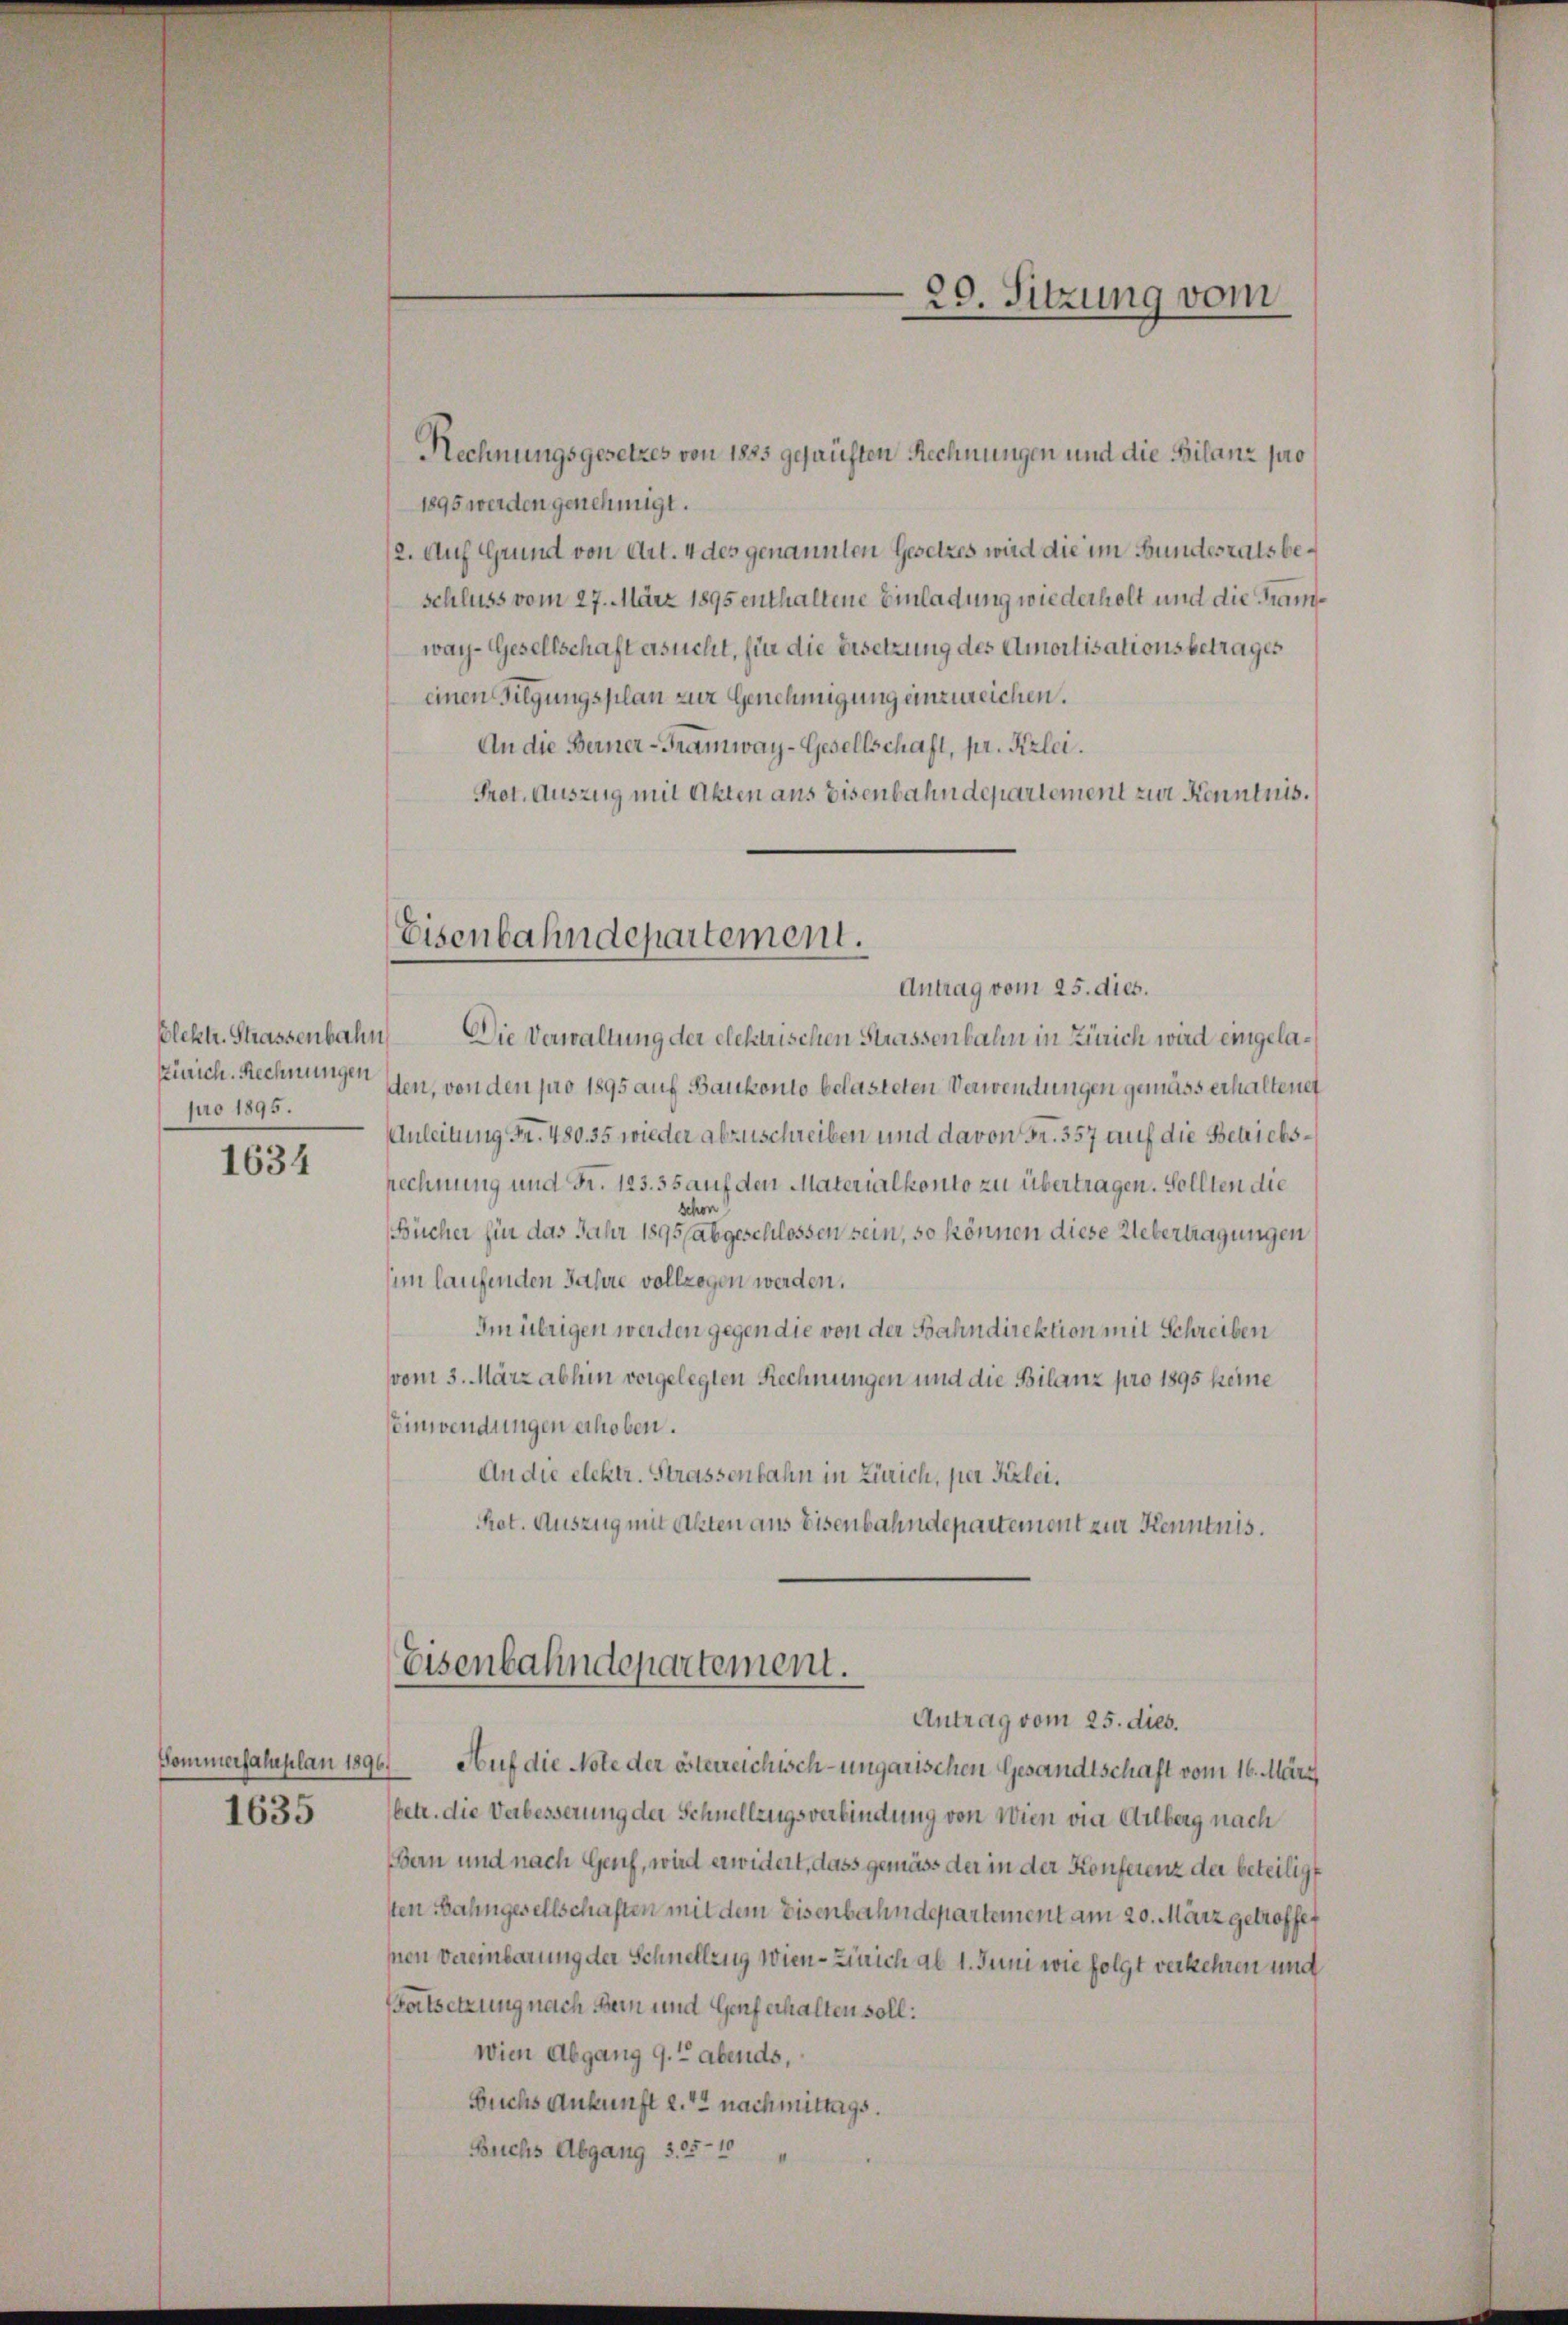
Elektr. Strassenbahn
Zürich. Rechnungen
pro 1895.

1634

1635

Eisenbahndepartement.

29. Sitzung vom

Rechnungsgesetzes von 1825 gesanften Rechnungen und die Bilanz pro
1895 werden genehmigt.
12. Auf Grund von Art. 4 des genannten Gesetzes wird die im Bundesrats beschluss vom 27. März 1895 enthaltene Einladung wiederholt und die Kamwar-Gesellschaft ersucht, für die Ersetzung des Amortisationsbetrages
einen Tilgungsplan zur Genehmigung einzureichen.
An die Berner-Tramway-Gesellschaft, pr. Kzlei.
Prot. Auszug mit Akten aus Eisenbahndepartement zur Kenntnis.

Antrag vom 25. dies.
Die Verwaltung der elektrischen Strassenbahn in Zürich wird eingeladen, von den pro 1895 auf Bankonto belasteten Verweitungen gemäss erhaltenet
Anleitung Fr. 480. 35 wieder abzuschreiben und davon Fr. 357 auf die Betriebsrechnung und Fr. 123. 35 auf den Materialkonto zu übertragen. Sollten die
Schon
Bücher für das Jahr 1895 (abgeschlossen sein, so können diese Uebertragungen
sim laufenden Jahre vollzogen werden.
Im übrigen werden gegen die von der Bahndirektion mit Schreiben
vom 3. März abhin vorgelegten Rechnungen und die Bilanz pro 1895 keine
Eeinwendungen erhoben.
An die elektr. Strassenbahn in Zürich, per Fizlei.
Ret. Auszug mit Akten aus Eisenbahndepartement zur Kenntnis.

Pommerhaluplan 1896. Auf die Note der österreichisch-ungarischen Gesandtschaft vom 16. März
betr. die Verbesserung der Schnellzugsverbindung von Wien via Ailberg nach
Bern und nach Genf, wird erwidert, dass gemäss der in der Konferenz der beteiligt
sten Bahngesellschaften mit dem Eisenbahndepartement am 20. März getroffet
snen Vereinbarung der Schnellzug Wien - Zürich ab 1. Juni wie folgt verkehren und
Fortsetzung nach Bern und Genf erhalten soll:
Wien Abgang 9. Abends,
Buchs Ankunft d. 14 nachmittags.
Buchs Abgang 3.55-10

Eisenbahndepartement.
Antrag vom 25. dies.